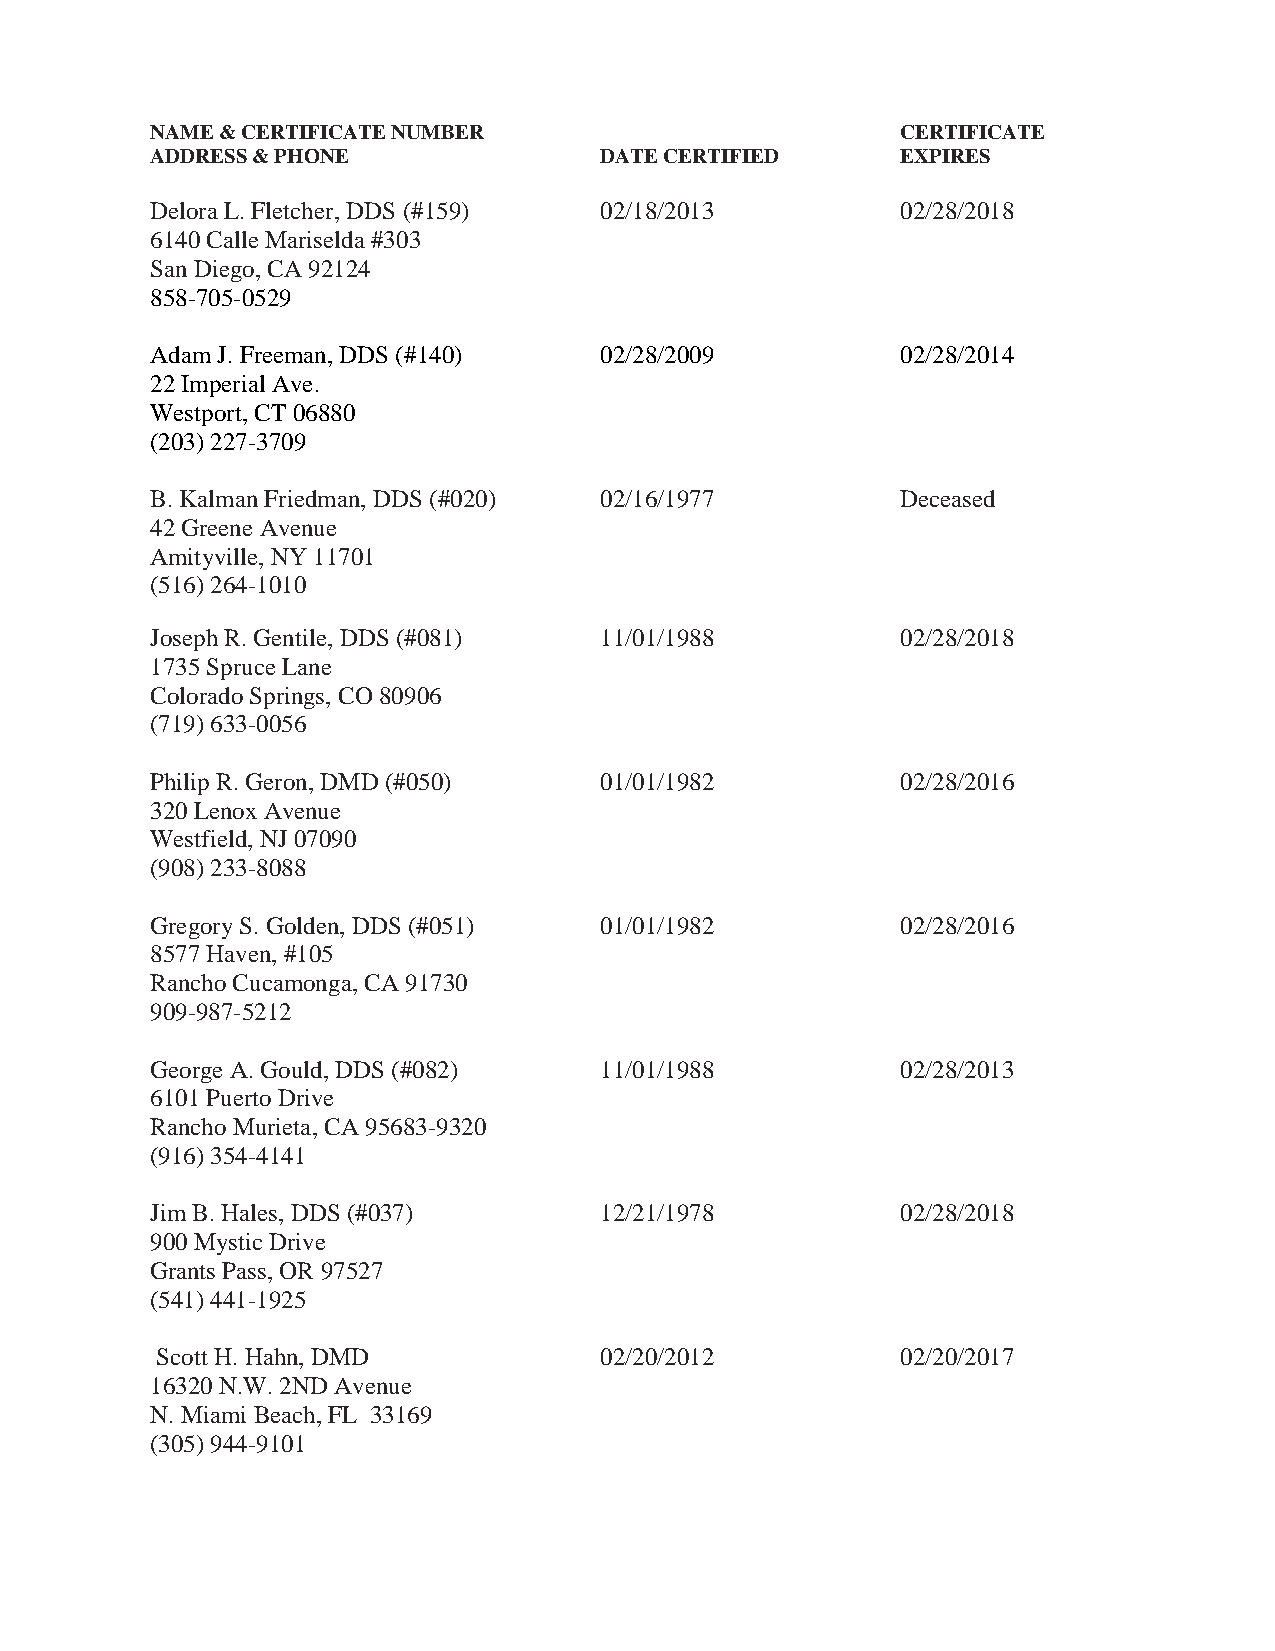
NAME & CERTIFICATE NUMBER                         CERTIFICATE
 ADDRESS & PHONE               DATE CERTIFIED      EXPIRES
 Delora L. Fletcher, DDS (#159) 02/18/2013         02/28/2018
 6140 Calle Mariselda #303
 San Diego, CA 92124
 858-705-0529
 Adam J. Freeman, DDS (#140)   02/28/2009          02/28/2014
 22 Imperial Ave.
 Westport, CT 06880
 (203) 227-3709
 B. Kalman Friedman, DDS (#020) 02/16/1977         Deceased
 42 Greene Avenue
 Amityville, NY 11701
 (516) 264-1010
 Joseph R. Gentile, DDS (#081) 11/01/1988          02/28/2018
 1735 Spruce Lane
 Colorado Springs, CO 80906
 (719) 633-0056
 Philip R. Geron, DMD (#050)   01/01/1982          02/28/2016
 320 Lenox Avenue
 Westfield, NJ 07090
 (908) 233-8088
 Gregory S. Golden, DDS (#051) 01/01/1982          02/28/2016
 8577 Haven, #105
 Rancho Cucamonga, CA 91730
 909-987-5212
 George A. Gould, DDS (#082)   11/01/1988          02/28/2013
 6101 Puerto Drive
 Rancho Murieta, CA 95683-9320
 (916) 354-4141
 Jim B. Hales, DDS (#037)      12/21/1978          02/28/2018
 900 Mystic Drive
 Grants Pass, OR 97527
 (541) 441-1925
 Scott H. Hahn, DMD            02/20/2012          02/20/2017
 16320 N.W. 2ND Avenue
 N. Miami Beach, FL 33169
 (305) 944-9101